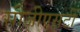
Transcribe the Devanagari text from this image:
सीजीएसटी